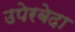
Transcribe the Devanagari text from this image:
उपेरबेदा